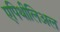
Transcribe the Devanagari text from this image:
एपिथीलिअल